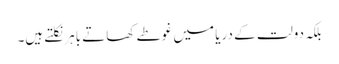
بلکہ دولت کے دریا میں غوطے کھاتے باہر نکلتے ہیں۔